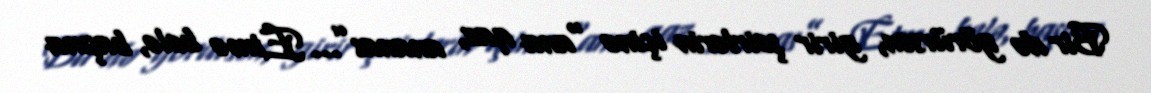
Bir də görürsən, girir şeirlərin içinə “ana qaz, ananas”... Etmə belə, başına